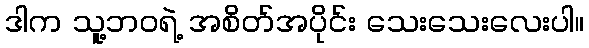
ဒါက သူ့ဘဝရဲ့ အစိတ်အပိုင်း သေးသေးလေးပါ။